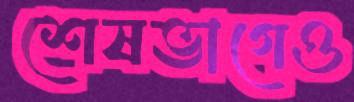
শেষভাগেও